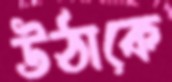
উঠাকে